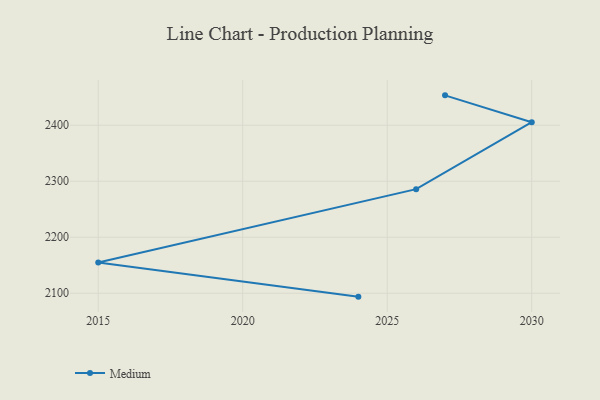
{"axis": {"x": "Year", "y": "Bounce Rate (%)"}, "legend": ["Medium"], "data": [{"x": "2027", "y": 2453.4, "type": "Medium"}, {"x": "2030", "y": 2405.4, "type": "Medium"}, {"x": "2026", "y": 2285.9, "type": "Medium"}, {"x": "2015", "y": 2154.9, "type": "Medium"}, {"x": "2024", "y": 2093.9, "type": "Medium"}]}